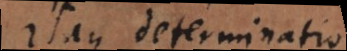
Itaque determinatio